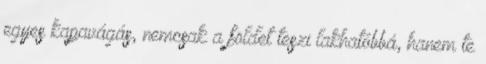
egyes kapavágás, nemcsak a földet teszi lakhatóbbá, hanem te